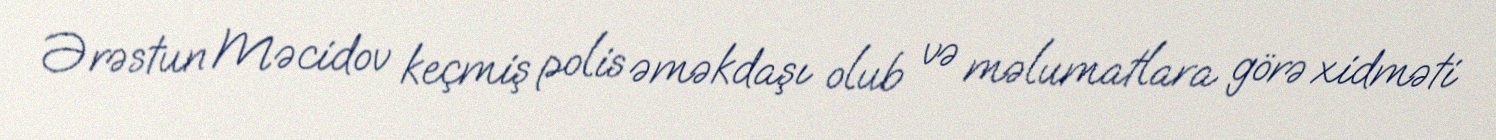
Ərəstun Məcidov keçmiş polis əməkdaşı olub və məlumatlara görə xidməti